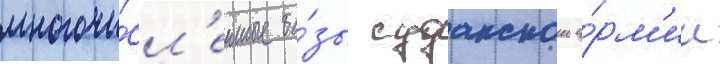
многочи́сл'енные ба́зы суданскои а́рм'ии